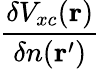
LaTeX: \frac{\delta V_{xc}(\mathbf{r})}{\delta n(\mathbf{r}^{\prime})}